Lunatic asylums Bombay report 1891-1903 - 1891-1903
Year: 1891
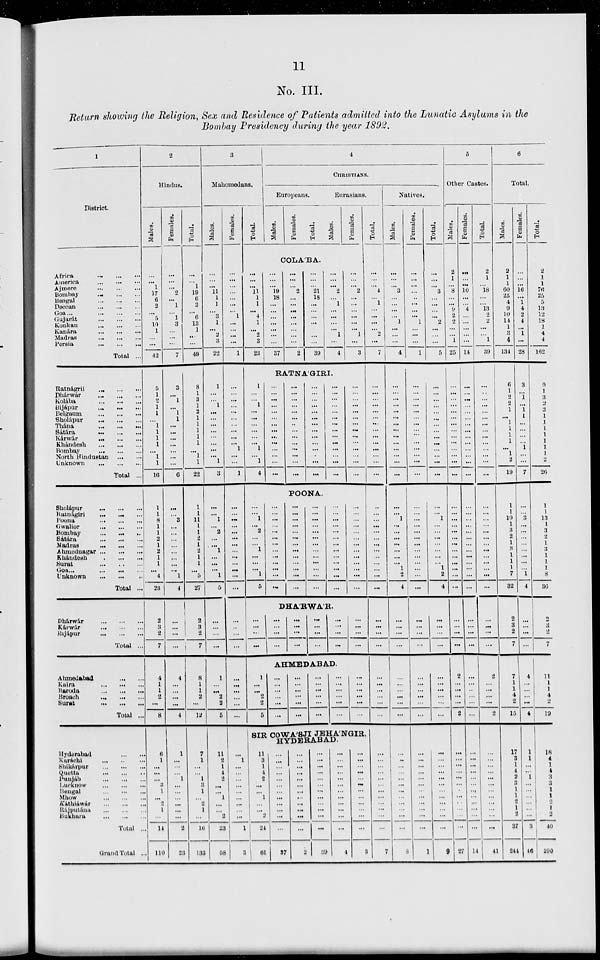
11
No. III.
Return showing the Religion, Sex and Residence of Patients admitted into the Lunatic Asylums in the
Bombay Presidency during the year 1892.
1
District.
Africa
...
...
...
America...
...
...
Ajmere
...
...
...
Bombay
...
...
...
Bengal
...
...
...
Deccan
...
...
...
Goa ... ... ...
Gujarát
...
...
...
Konkan
...
...
...
Kanára
...
...
...
Madras ... ... ...
Persia
...
...
...
Total ...
Ratnágiri
...
...
...
Dhárwár
...
...
...
Kolába
...
...
...
Bijápur
...
...
...
Belgáum ... ... ...
Sholapur ... ... ...
Thána
...
...
...
Sátára
...
...
...
Kárwár
...
...
...
Khándesh ... ... ...
Bombay
...
...
...
North Hindustan ... ...
Unknown ... ... ...
Total ...
Sholápur ... ... ...
Ratnágiri
...
...
...
Poona
...
...
...
Gwalior ... ... ...
Bombay ... ... ...
Sátára
...
...
...
Madras
...
...
...
Ahmednagar ... ... ...
Khándesh
...
...
...
Surat
...
...
...
Goa
...
...
...
Unknown ... ... ...
Total ...
Dhárwár ... ... ...
Kárwár
...
...
...
Bijápur
...
...
...
Total ...
Ahmedabad ... ...
Kaira
...
...
...
Baroda
...
...
...
Broach
...
...
...
Surat
...
...
...
Total ...
Hyderabad ... ...
Karáchi
...
...
...
Shikárpur
...
...
...
Quetta ... ... ...
Punjab ... ... ...
Lucknow
...
...
...
Bengal
...
...
...
Mhow
...
...
...
Káthiáwár ... ... ...
Rájputána
...
...
...
Bukhara
...
...
...
Total ...
Grand Total ...
2
Hindus.
Males.
...
...
1
17
6
2
...
5
10
1
...
...
42
5
1
2
1
1
...
1
1
1
1
...
1
1
16
1
1
8
1
1
2
1
2
1
1
...
4
28
2
3
2
7
4
1
1
2
...
8
6
1
...
...
...
3
1
...
2
1
...
14
110
Females.
...
...
...
2
...
1
...
1
3
...
...
...
7
3
...
1
...
1
1
...
...
...
...
...
...
...
6
...
...
3
...
...
...
...
...
...
...
...
1
4
...
...
...
...
4
...
...
...
...
4
1
...
...
...
1
...
...
...
...
...
...
2
23
Total.
...
...
1
19
6
3
...
6
13
1
...
...
49
8
1
3
1
2
1
1
1
1
1
...
1
1
22
1
1
11
1
1
2
1
2
1
1
...
5
27
2
3
2
7
8
1
1
2
...
12
7
1
...
...
1
3
1
...
2
1
...
16
133
3
Mahomedans.
Males.
...
...
...
11
1
1
...
3
1
...
2
2
22
1
...
...
1
...
...
...
...
...
...
...
...
1
3
...
...
1
...
2
...
....
1
...
...
...
1
5
...
...
...
...
1
...
...
2
2
5
11
2
1
4
2
...
...
1
...
...
2
23
58
Females.
...
...
...
...
...
...
1
...
...
...
...
1
...
...
...
...
...
...
...
...
...
...
1
...
...
1
...
...
...
...
...
...
...
...
...
...
...
...
...
...
...
...
...
...
...
...
...
...
...
1
...
...
...
...
...
...
...
...
...
1
3
Total.
4
CHRISTIANS.
Europeans.
Males.
Females.
Total.
Eurasians.
Males.
Females.
COLÁBA.
...
...
...
11
1
1
...
4
1
...
2
3
23
...
...
...
19
18
...
...
...
...
...
...
...
37
...
...
...
2
...
...
...
...
...
...
...
...
2
...
...
...
21
18
...
...
...
...
...
...
...
39
...
...
...
2
...
1
...
...
...
...
1
...
4
...
...
...
2
...
...
...
...
...
...
1
...
3
RATNÁGIRI.
1
...
...
1
...
...
...
...
...
...
1
...
1
4
...
...
1
...
2
...
...
1
...
...
...
1
5
...
...
...
...
...
...
...
...
...
...
...
...
...
...
...
...
...
...
...
...
...
...
...
...
...
...
...
...
...
...
...
...
...
...
...
...
...
...
...
...
...
...
...
...
...
...
...
...
...
...
...
...
...
...
...
POONA.
...
...
...
...
...
...
...
...
...
...
...
...
...
...
...
...
...
...
...
...
...
...
...
...
...
...
...
...
...
...
...
...
...
...
...
...
...
...
...
...
...
...
...
...
...
...
...
...
...
...
...
...
...
...
...
...
...
...
...
...
...
...
...
...
...
...
...
...
...
...
...
...
...
...
...
...
...
...
...
...
DHÁRWÁR.
...
...
...
...
...
...
...
...
...
...
...
...
...
...
...
...
...
...
...
...
...
...
...
...
AHMEDABAD.
1
...
...
2
2
5
...
...
...
...
...
...
...
...
...
...
...
...
...
...
...
...
...
...
...
...
...
...
...
...
...
...
...
...
...
...
SIR COWÁSJI JEHÁNGIR, HYDERABAD.
11 3
1
4
2
...
...
1
...
...
2
24
61
...
...
...
...
...
...
...
...
...
...
...
...
37
...
... ...
...
...
...
...
...
...
...
...
...
2
...
...
...
...
...
...
...
...
...
...
...
...
39
...
...
...
...
...
...
...
...
...
...
...
...
4
...
...
...
...
...
...
...
...
...
...
...
...
3
Total.
...
...
...
4
...
...
...
...
...
...
2
...
7
...
...
...
...
...
...
...
...
...
...
...
...
...
...
...
...
...
...
...
...
...
...
...
...
...
...
...
...
...
...
...
...
...
...
...
...
...
...
...
...
...
...
...
...
...
...
...
...
...
7
Natives.
Males.
...
...
...
3
...
...
...
...
1
...
...
...
4
...
...
...
...
...
...
...
...
...
...
...
...
...
...
...
...
1
...
...
...
...
...
...
...
1
2
4
...
...
...
...
...
...
...
...
...
...
...
...
...
...
...
...
...
...
...
...
...
...
8
Females.
...
...
...
...
...
...
...
...
1
...
...
...
1
...
...
...
...
...
...
...
...
...
...
...
...
...
...
...
...
...
...
...
...
...
...
...
...
...
...
...
...
...
...
...
...
...
...
...
...
...
...
...
...
...
...
...
...
...
...
...
...
...
1
Total.
...
...
...
3
...
...
...
...
2
...
...
...
5
...
...
...
...
...
...
...
...
...
...
...
...
...
...
...
...
1
...
...
...
...
...
...
...
1
2
4
...
...
...
...
...
...
...
...
...
...
...
...
...
...
...
...
...
...
...
...
...
...
9
5
Other Castes.
Males.
2
1
...
8
...
...
9
2
2
...
...
1
25
...
...
...
...
...
...
...
...
...
...
...
...
...
...
...
...
...
...
...
...
...
...
...
...
...
...
...
...
...
...
...
2
...
...
...
...
2
...
...
...
...
...
...
...
...
...
...
...
...
27
Females.
...
...
...
10
...
...
4
...
...
...
...
...
14
...
...
...
...
...
...
...
...
...
...
...
...
...
...
...
...
...
...
...
...
...
...
...
...
...
...
...
...
...
...
...
...
...
...
...
...
...
...
...
...
...
...
...
...
...
...
...
...
...
14
Total.
2
1
...
18
...
...
13
2
2
...
...
1
39
...
...
...
...
...
...
...
...
...
...
...
...
...
...
...
...
...
...
...
...
...
...
...
...
...
...
...
...
...
...
...
2
...
...
...
...
2
...
...
...
...
...
...
...
...
...
...
...
...
41
6
Total.
Males.
2
1
1
60
25
4
9
10
14
1
3 4
134
6
1
2
2
1
...
1
1
1
1
...
2
19
1
1
10
1
3
2
1
3
1
1
1
7
32
2
3
2
7
7
1
1
4
2
15
17
3
1
4
2 3
1
1
2
1
2
37
244
Females.
...
...
...
16
...
1
4
2
4
...
1
...
28
3
...
1
...
1
1
...
...
...
...
1
...
7
...
...
3
...
...
...
...
...
...
...
...
1
4
...
...
...
...
4
...
...
...
...
4
1
1
...
...
1
...
...
...
...
...
...
3
46
Total.
2
1
1
76
25
5
13
12
18
1
4
4
162
9 1
3
2
2
1
1
1
1
1
1
2
26
1
1
13
1
3
2
1
3
1
1
1
8
36
2
3
2
7
11
1
1
4
2
19
18
4
1
4
3
3
1
1
2
1
2
40
290